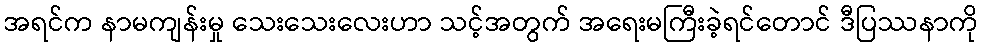
အရင်က နာမကျန်းမှု သေးသေးလေးဟာ သင့်အတွက် အရေးမကြီးခဲ့ရင်တောင် ဒီပြဿနာကို